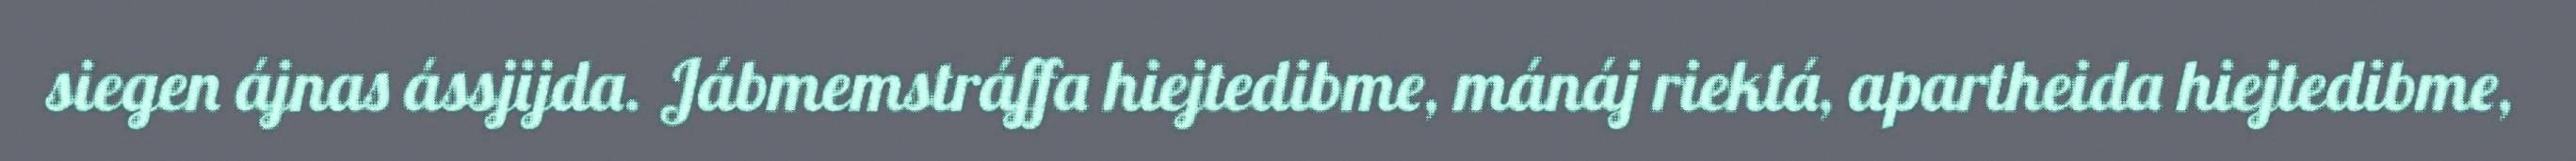
siegen ájnas ássjijda. Jábmemstráffa hiejtedibme, mánáj riektá, apartheida hiejtedibme,